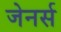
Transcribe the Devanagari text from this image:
जेनर्स